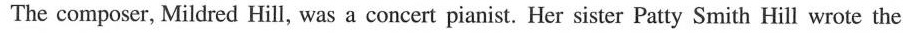
The composer, Mildred Hill, was a concert pianist. Her sister Patty Smith Hill wrote the